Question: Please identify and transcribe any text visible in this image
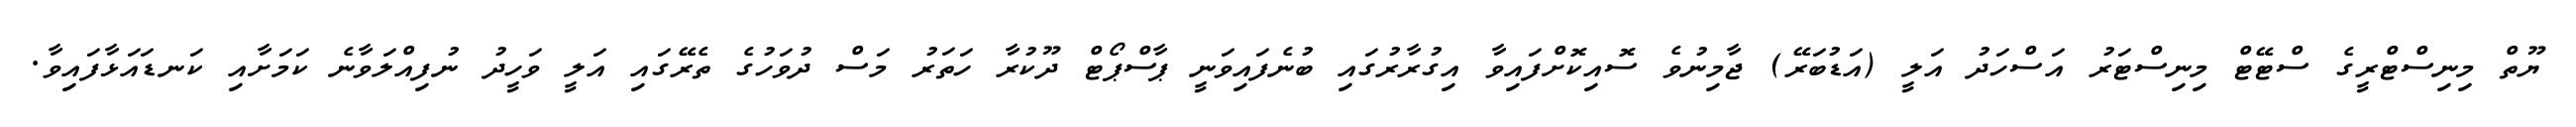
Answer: ޔޫތް މިނިސްޓްރީގެ ސްޓޭޓް މިނިސްޓަރު އަސްހަދު އަލީ (އަޑުބަރޭ) ޖާމިނުވެ ސޮއިކޮށްފައިވާ އިގުރާރުގައި ބުނެފައިވަނީ ޕާސްޕޯޓް ދޫކުރާ ހަތަރު މަސް ދުވަހުގެ ތެރޭގައި އަލީ ވަހީދު ނުފިއްލަވާނެ ކަމަށާއި ކަނޑައަޅާފައިވާ.